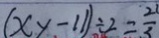
( x y - 1 1 ) \div 2 = \frac { 2 1 } { 3 }